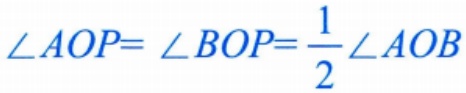
\(\angle AOP= \angle BOP=\frac{1}{2}\angle AOB\)